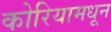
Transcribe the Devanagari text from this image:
कोरियामधून